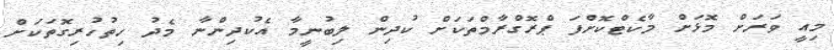
މިއީ ވަރަށް މޮޅަށް މާކެޓްކޮށްފަ ޕްރޮގްރާމްތަކަށް ކުދިން ލިބުނީމާ އެކުދިންނާ މެދު ހިތުހުރިގޮތަކަށް